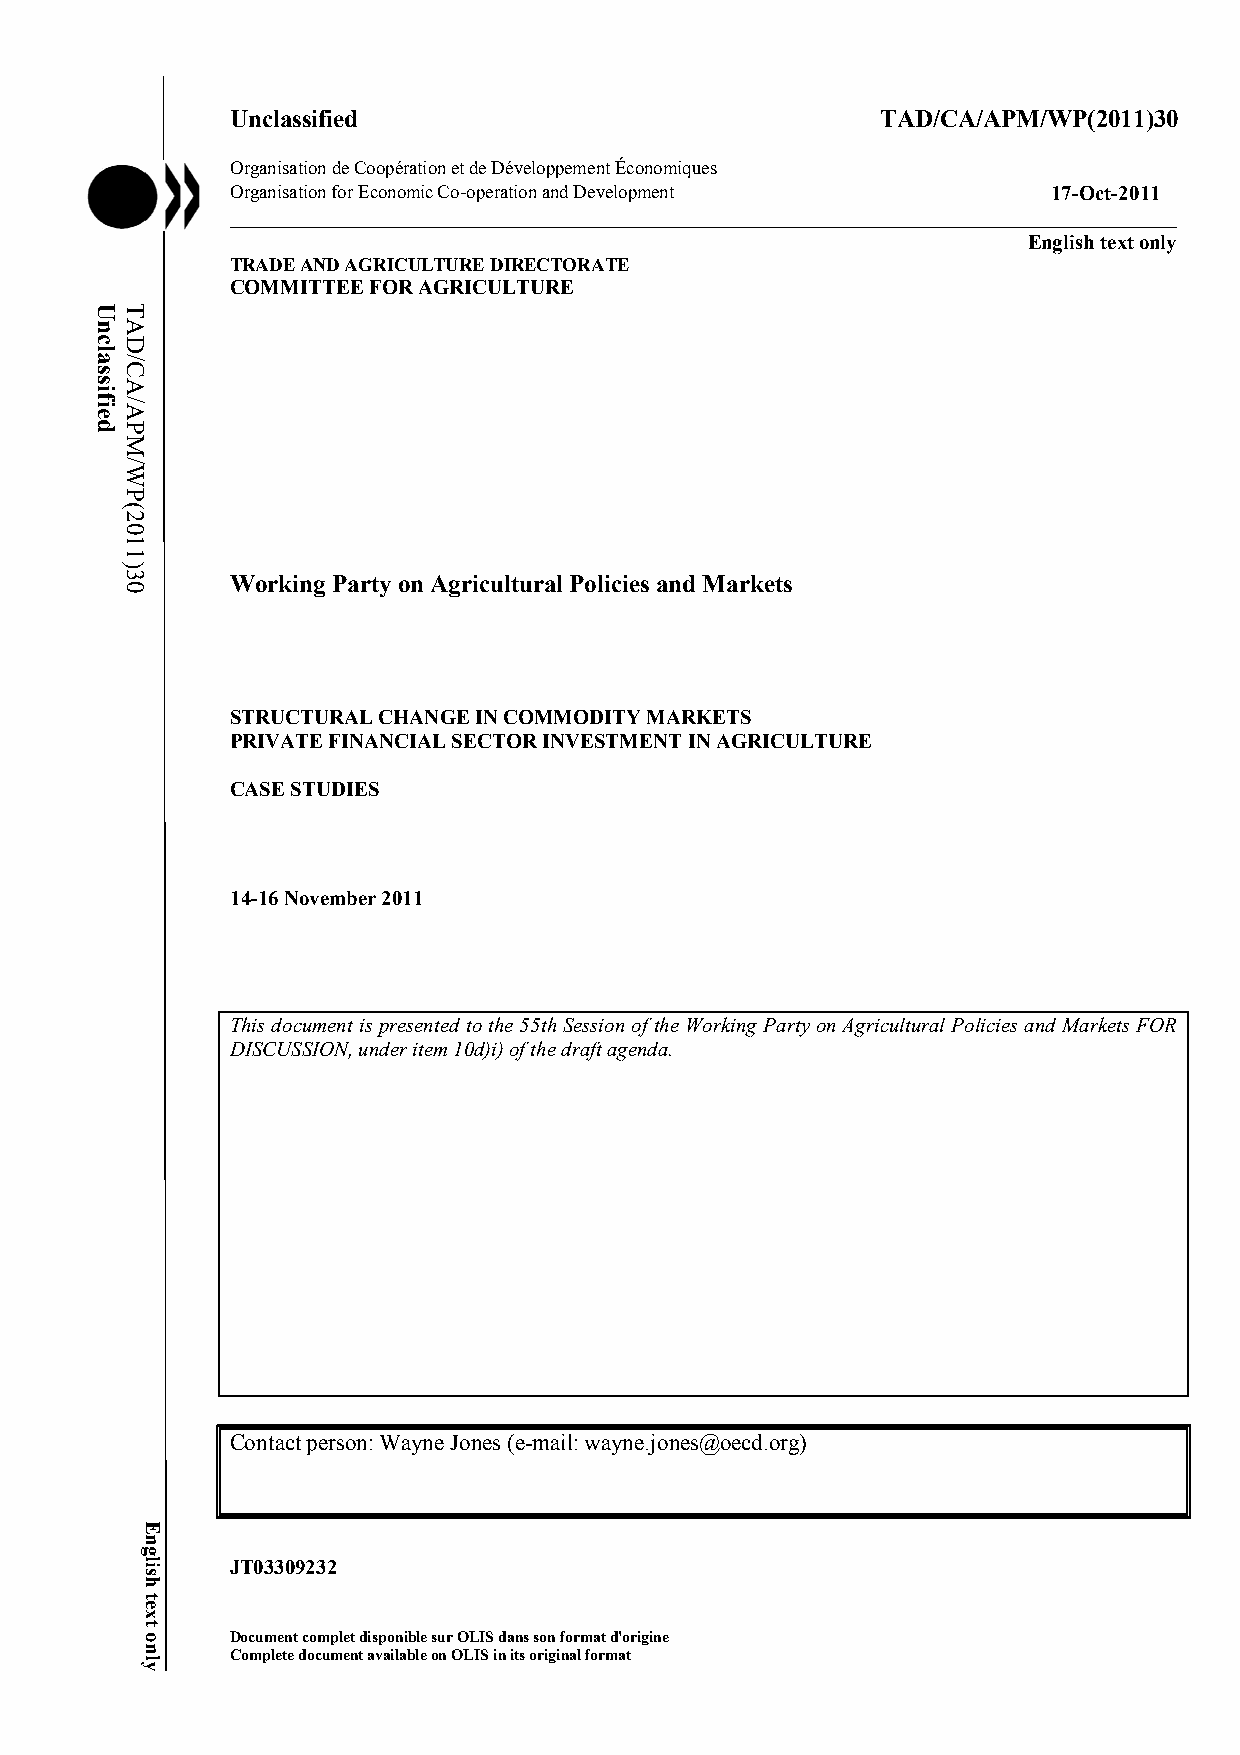
Unclassified                               TAD/CA/APM/WP(2011)30
 Organisation de Coopération et de Développement Économiques
 Organisation for Economic Co-operation and Development 17-Oct-2011
 ___________________________________________________________________________________________
 English text only
 TRADE AND AGRICULTURE DIRECTORATE
 COMMITTEE FOR AGRICULTURE
 Working Party on Agricultural Policies and Markets
 STRUCTURAL CHANGE IN COMMODITY MARKETS
 PRIVATE FINANCIAL SECTOR INVESTMENT IN AGRICULTURE
 CASE STUDIES
 14-16 November 2011
 This document is presented to the 55th Session of the Working Party on Agricultural Policies and Markets FOR
 DISCUSSION, under item 10d)i) of the draft agenda.
 Contact person: Wayne Jones (e-mail: wayne.jones@oecd.org)
 JT03309232
 Document complet disponible sur OLIS dans son format d'origine
 Complete document available on OLIS in its original format
 Unclassified TAD/CA/APM/WP(2011)30
 English
 text
 only